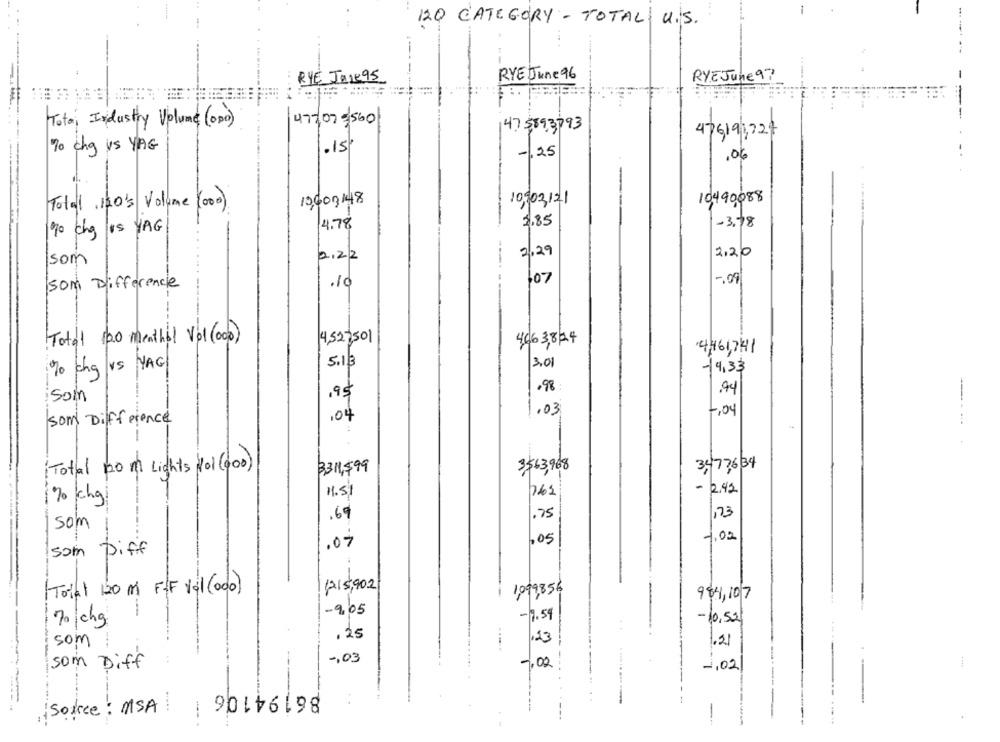
120 CATEGORY - TOTAL U.S.
RYE Jane 95
RYE June 96
RYEJune 97
Total Industry Volume (000)
472 07 = 560
47 589,3793
476,199724
70 Chy us YAG
.15'
-. 25
.06
10603148
10903121
10490088
Total 120's Volume (000)
3.85
-3.78
90 chy is YAG
4.78
2,20
2.22
2.29
som
107
-. 09
som Difference
Total 100 menthol Vol (000)
4,527501
4,66 3,8 24
4461,741
5.13
3.01
% cha vs YAG
-19,33
,95
.98
.94
som
,04
. 03
7,04
som Difference
----
( Total no m Lights Hol (400)
3$63,968
3473634
3311,599
- 2.42
11.51
762
.69
.75
123
som
.05
1.02
.07
som Diff
1215,902
Total 120 m F&F 101(000)
1,099,856
984,107
-9.05
70 chg
-9.59
-10,50
.25
som
1.21
-, 03
som Diff
7.02
-, 02
Source: MSA 90116198
-